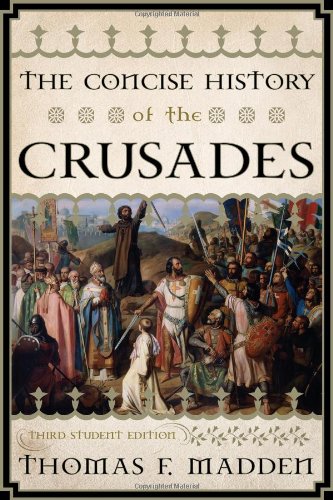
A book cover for The Concise History of the Crusades (Critical Issues in World and International History); Thomas F. Madden; Religion & Spirituality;